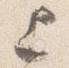
上